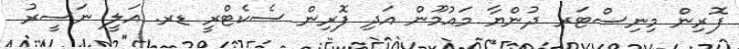
ފޮރިން މިނިސްޓަރ ދުންޔާ މައުމޫން އަދި ފޮރިން ސެކެޓްރީ ޑރ. އަލީ ނަސީރު